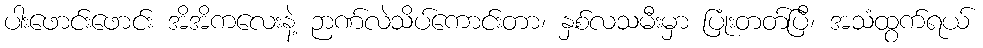
ပါးဖောင်းဖောင်း အိအိကလေးနဲ့ ဉာဏ်လဲသိပ်ကောင်းတာ၊ နှစ်လသမီးမှာ ပြုံးတတ်ပြီ၊ အသံထွက်ရယ်